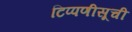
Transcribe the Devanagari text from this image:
टिप्पणीसूची